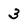
Character: 3